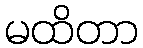
မထိတာ